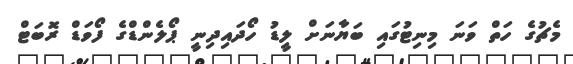
މެޗުގެ ހަތް ވަނަ މިނިޓުގައި ބަޔާނަށް ލީޑު ހޯދައިދިނީ ޕޯލެންޑްގެ ފޯވަޑް ރޮބަޓް